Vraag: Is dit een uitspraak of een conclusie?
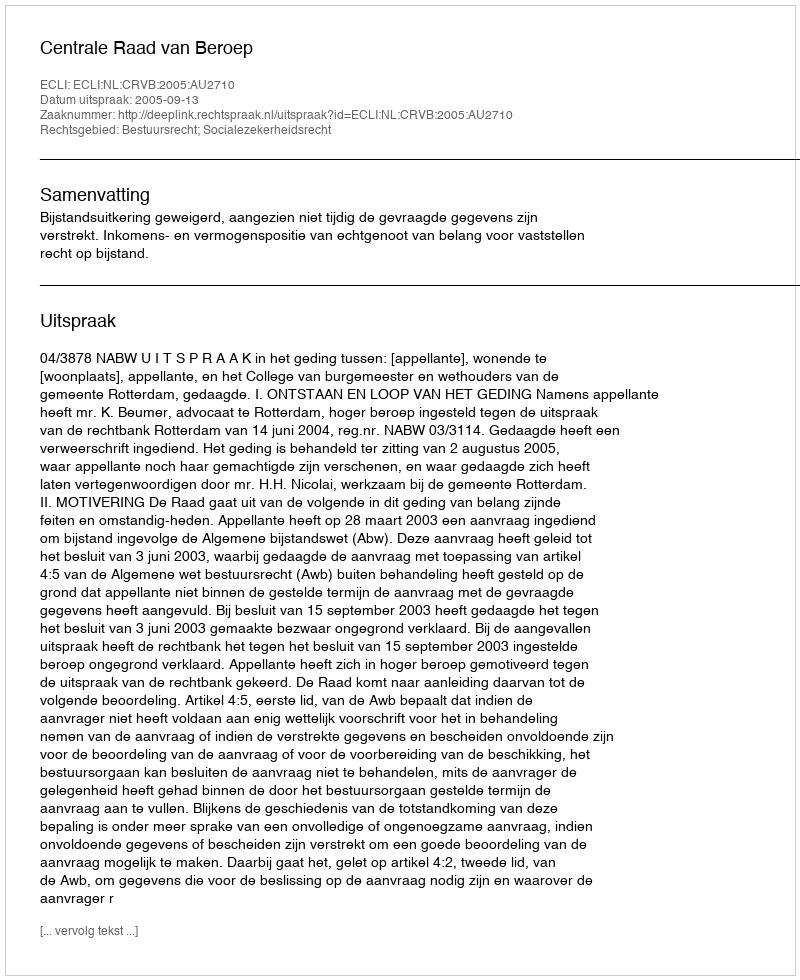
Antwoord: Uitspraak